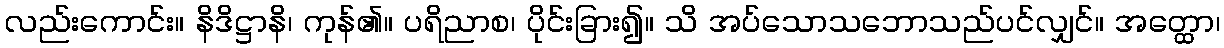
လည်းကောင်း။ နိဒိဋ္ဌာနိ၊ ကုန်၏။ ပရိညာစ၊ ပိုင်းခြား၍။ သိ အပ်သောသဘောသည်ပင်လျှင်။ အတ္ထော၊